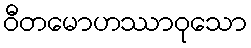
ဝီတမောဟဿာဝုသော